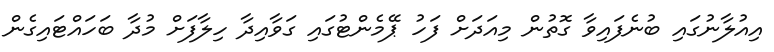
އިއުލާނުގައި ބުނެފައިވާ ގޮތުން މިއަދަށް ފަހު ޕޭމެންޓުގައި ގަވާއިދާ ހިލާފަށް މުދާ ބަހައްޓައިގެން